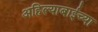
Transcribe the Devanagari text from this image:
अहिल्याबाईच्या